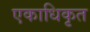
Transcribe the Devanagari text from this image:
एकाधिकृत